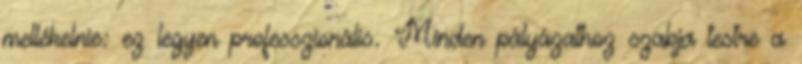
mellékelnie: ez legyen professzionális. Minden pályázathoz szabja testre a